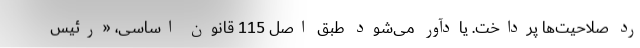
رد صلاحیت‌ها پرداخت. یادآور می‌شود طبق اصل 115 قانون اساسی، «رئیس